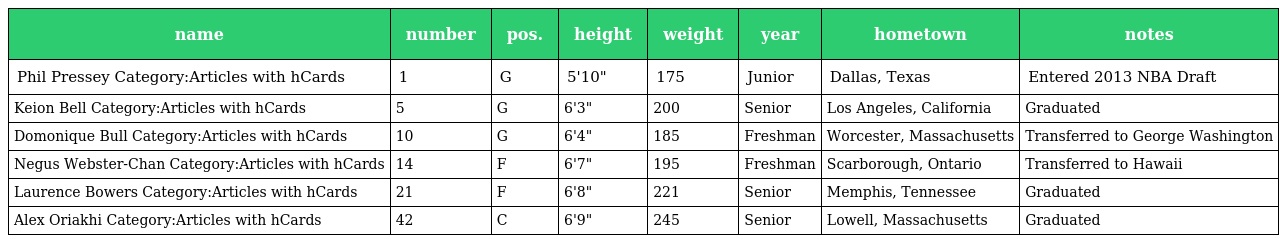
| name | number | pos. | height | weight | year | hometown | notes |
 | --- | --- | --- | --- | --- | --- | --- | --- |
 | Phil Pressey Category:Articles with hCards | 1 | G | 5'10" | 175 | Junior | Dallas, Texas | Entered 2013 NBA Draft |
 | Keion Bell Category:Articles with hCards | 5 | G | 6'3" | 200 | Senior | Los Angeles, California | Graduated |
 | Domonique Bull Category:Articles with hCards | 10 | G | 6'4" | 185 | Freshman | Worcester, Massachusetts | Transferred to George Washington |
 | Negus Webster-Chan Category:Articles with hCards | 14 | F | 6'7" | 195 | Freshman | Scarborough, Ontario | Transferred to Hawaii |
 | Laurence Bowers Category:Articles with hCards | 21 | F | 6'8" | 221 | Senior | Memphis, Tennessee | Graduated |
 | Alex Oriakhi Category:Articles with hCards | 42 | C | 6'9" | 245 | Senior | Lowell, Massachusetts | Graduated |